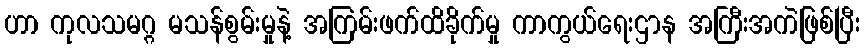
ဟာ ကုလသမဂ္ဂ မသန်စွမ်းမှုနဲ့ အကြမ်းဖက်ထိခိုက်မှု ကာကွယ်ရေးဌာန အကြီးအကဲဖြစ်ပြီး